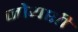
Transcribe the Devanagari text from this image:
जोयशी